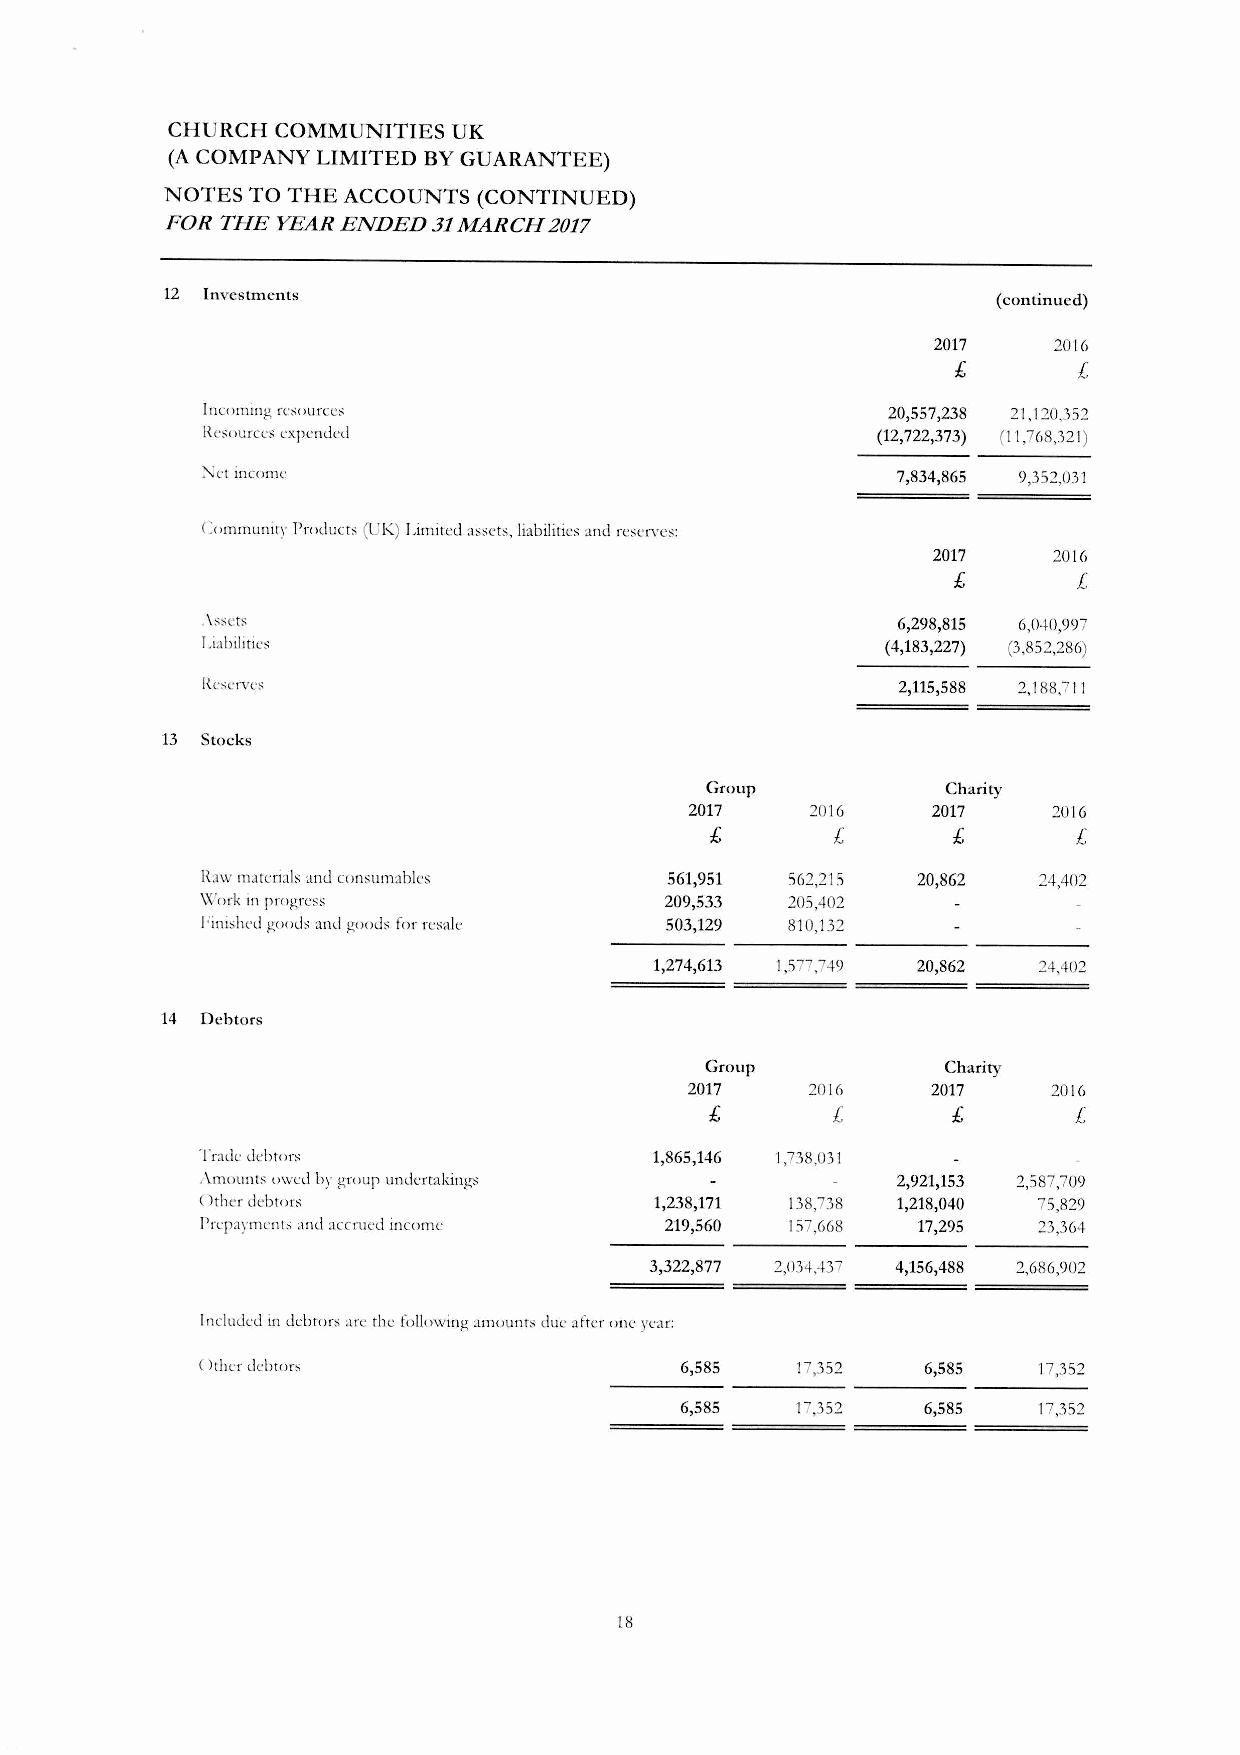
CHURCH COMMUNITIES UK
 (ACOMPANY LIMITED BYGUARANTEE)
 NOTES TO THE ACCOUNTS (CONTINUED)
 FOR THE YEAR ENDED 31MARCH 2017
 12 Investments                                         (continucd)
 2017    2016
 £       £
 InuHlling rCS()ut"CC:->                       20,557,238 21,120,352
 H.e,ource, expended                          (12,722,373) (11,768,321)
 ~et income                                    7,834,865 9,352,031
 Communit), Product, (UK) Limited ""et:;, Iiabilitie, and re,elye:;:
 2017    2016
 £       £
 .\~:,ct~                                      6,298,815 6,0-+0,997
 Ijabilitie,                                   (4,183,227) (3,852,286)
 2,115,588 2,188,711
 13 Stocks
 Group           Charity
 2017    2016    2017    2016
 £       £       £       £
 H.awmaterial, and con:;umabl<:, 561,951 562,215 20,862  24,402
 \\(fork inpro)!;n.:ss          209,533 205,402
 hnished good:; and gomb for re:;ale 503,129 810,132
 1,274,613 1,577,749 20,862 24,402
 14 Debtors
 Group          Charity
 2017    2016    2017    2016
 £       £       £       [,
 Trade debtor,                 1,865,146 1,738,031
 ,\mollnts owed by )!;!"oupundertaking,        2,921,153 2,587,709
 Other debtors                 1,238,171 138,738 1,218,040 75,829
 Prepayments and accrued income 219,560 157,668  17,295  23,364
 3,322,877 2,034,-+37 4,156,488 2,686,902
 Incilided indebtors arc the following amount, due after one year:
 (hher debtors                   6,585   17,352  6,585   17,352
 6,585   17,352  6,585   17,352
 18